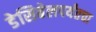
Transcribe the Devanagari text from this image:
डेसिबेलपर्यंतचा